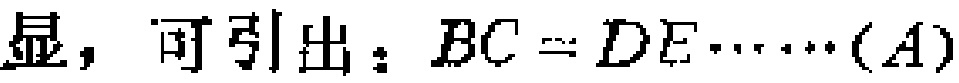
显，可引出：$BC = DE\cdots\cdots(A)$